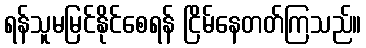
ရန်သူမမြင်နိုင်စေရန် ငြိမ်နေတတ်ကြသည်။